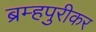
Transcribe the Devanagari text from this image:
ब्रम्हपुरीकर